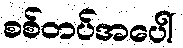
စစ်တပ်အပေါ်